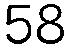
58